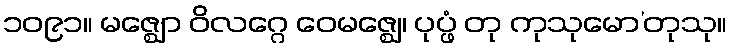
၁၀၉၁။ မဇ္ဈော ဝိလဂ္ဂေ ဝေမဇ္ဈေ၊ ပုပ္ဖံ တု ကုသုမော’တုသု။